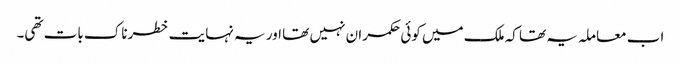
اب معاملہ یہ تھا کہ ملک میں کوئی حکمران نہیں تھا اور یہ نہایت خطرناک بات تھی۔